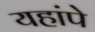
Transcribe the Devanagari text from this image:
यहांपे